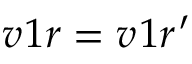
v _ { Ḋ } 1 r Ḍ = v _ { Ḋ } 1 r Ḍ ^ { Ḋ } \prime Ḍ